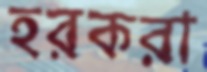
হরকরা